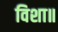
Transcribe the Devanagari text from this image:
विशा॥